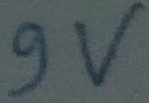
Text: 9V